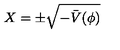
X = \pm \sqrt { - \bar { V } ( \phi ) }